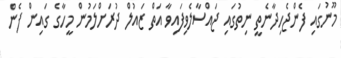
މޫނުގައި ފެންޖެހިދާނެތީ ނިތުގައި ޖައްސާލެވިފައިވާ އަތް ޒައުލް ދުރަށްލަމުން މީހާގެ ގައިން ފެން